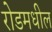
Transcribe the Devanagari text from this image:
रोडमधील